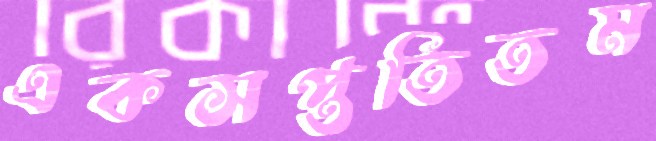
একসপ্ততিতম